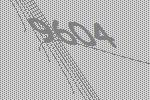
9604